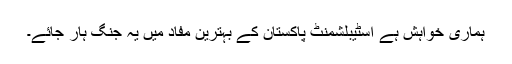
ہماری خواہش ہے اسٹیبلشمنٹ پاکستان کے بہترین مفاد میں یہ جنگ ہار جائے۔